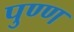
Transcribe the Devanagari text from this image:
पुण्ण